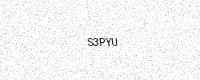
Text: S3PYU